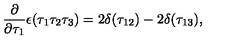
\frac { \partial } { \partial \tau _ { 1 } } \epsilon ( \tau _ { 1 } \tau _ { 2 } \tau _ { 3 } ) = 2 \delta ( \tau _ { 1 2 } ) - 2 \delta ( \tau _ { 1 3 } ) ,